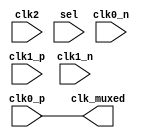
// Copyright (c) 2017 Princeton University
// All rights reserved.
// 
// Redistribution and use in source and binary forms, with or without
// modification, are permitted provided that the following conditions are met:
//     * Redistributions of source code must retain the above copyright
//       notice, this list of conditions and the following disclaimer.
//     * Redistributions in binary form must reproduce the above copyright
//       notice, this list of conditions and the following disclaimer in the
//       documentation and/or other materials provided with the distribution.
//     * Neither the name of Princeton University nor the
//       names of its contributors may be used to endorse or promote products
//       derived from this software without specific prior written permission.
// 
// THIS SOFTWARE IS PROVIDED BY PRINCETON UNIVERSITY "AS IS" AND
// ANY EXPRESS OR IMPLIED WARRANTIES, INCLUDING, BUT NOT LIMITED TO, THE IMPLIED
// WARRANTIES OF MERCHANTABILITY AND FITNESS FOR A PARTICULAR PURPOSE ARE
// DISCLAIMED. IN NO EVENT SHALL PRINCETON UNIVERSITY BE LIABLE FOR ANY
// DIRECT, INDIRECT, INCIDENTAL, SPECIAL, EXEMPLARY, OR CONSEQUENTIAL DAMAGES
// (INCLUDING, BUT NOT LIMITED TO, PROCUREMENT OF SUBSTITUTE GOODS OR SERVICES;
// LOSS OF USE, DATA, OR PROFITS; OR BUSINESS INTERRUPTION) HOWEVER CAUSED AND
// ON ANY THEORY OF LIABILITY, WHETHER IN CONTRACT, STRICT LIABILITY, OR TORT
// (INCLUDING NEGLIGENCE OR OTHERWISE) ARISING IN ANY WAY OUT OF THE USE OF THIS
// SOFTWARE, EVEN IF ADVISED OF THE POSSIBILITY OF SUCH DAMAGE.

//
// Description: Muxes 3 clocks.  Takes two differential and
//              one single ended clock and multiplexes to a
//              single ended clock.
//

module clk_mux (
    input       clk0_p,
    input       clk0_n,
    input       clk1_p,
    input       clk1_n,
    input       clk2,

    input [1:0] sel,

    output      clk_muxed
);

// Clock mux not used in fpga and
// simulation fake clk mux.  Anything
// that uses the differential clock
// should assume only the positive
// signal is valid in this case.  
// Also, since the clock mux is not used
// in fpga and simulation we just statically
// assign clk0 to output
`ifdef PITON_FPGA_SYNTH
assign clk_muxed = clk0_p;
`elsif USE_FAKE_PLL_AND_CLKMUX
assign clk_muxed = clk0_p;
`else
// PUT REAL CLOCK MUX FOR SYNTHESIS AND BACKEND HERE
// BELOW IS A DUMMY SO FUNCTIONALITY IS MAINTAINED
assign clk_muxed = clk0_p;
`endif

endmodule